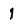
Character: l